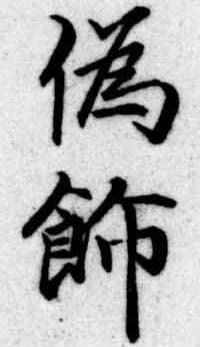
偽飾